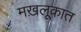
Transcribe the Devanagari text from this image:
मख़लूकात